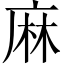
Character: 麻